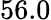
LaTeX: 56.0